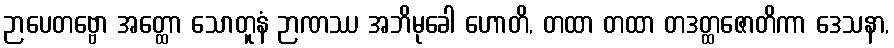
ဉာပေတဗ္ဗော အတ္ထော သောတူနံ ဉာဏဿ အဘိမုခေါ ဟောတိ, တထာ တထာ တဒတ္ထဇောတိကာ ဒေသနာ,